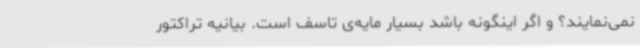
نمی‌نمایند؟ و اگر اینگونه باشد بسیار مایه‌ی تاسف است. بیانیه تراکتور